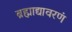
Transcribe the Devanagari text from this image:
ब्रह्माद्यावरणं